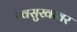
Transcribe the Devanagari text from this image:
स्वसुखावर